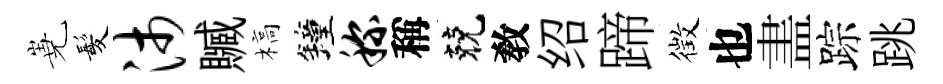
嶤髪沛贓槁鐘称稱兢敎绍蹄徴也𥁞踪跳